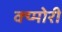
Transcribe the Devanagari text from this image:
क्य्मोरी